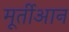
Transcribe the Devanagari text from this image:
मूर्तीआन